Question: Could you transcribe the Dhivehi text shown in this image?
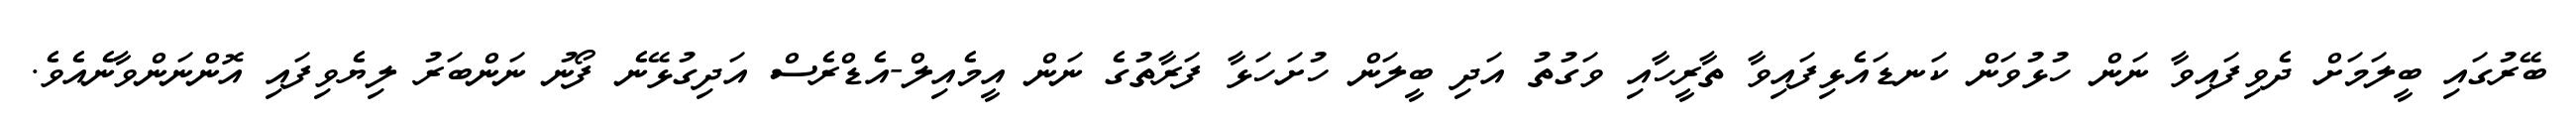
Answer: ބޭރުގައި ބީލަމަށް ދެވިފައިވާ ނަން ހުޅުވަން ކަނޑައެޅިފައިވާ ތާރީހާއި ވަގުތު އަދި ބީލަން ހުށަހަޅާ ފަރާތުގެ ނަން އީމެއިލް-އެޑްރެސް އަދިގުޅޭނެ ފޯނު ނަންބަރު ލިޔެވިފައި އޮންނަންވާނެއެވެ.